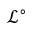
\mathscr { L } ^ { \circ }